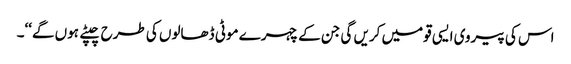
اس کی پیروی ایسی قومیں کریں گی جن کے چہرے موٹی ڈھالوں کی طرح چپٹے ہوں گے‘‘۔